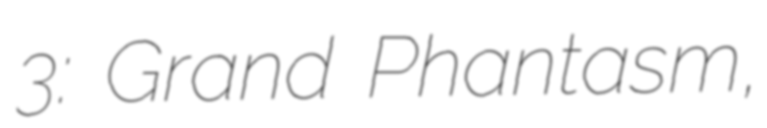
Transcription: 3: Grand Phantasm,